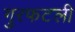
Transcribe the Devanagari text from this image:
गुरफटली